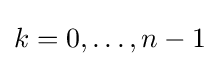
k=0,\ldots ,n-1